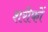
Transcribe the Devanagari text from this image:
शरीफों